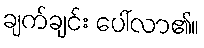
ချက်ချင်း ပေါ်လာ၏။